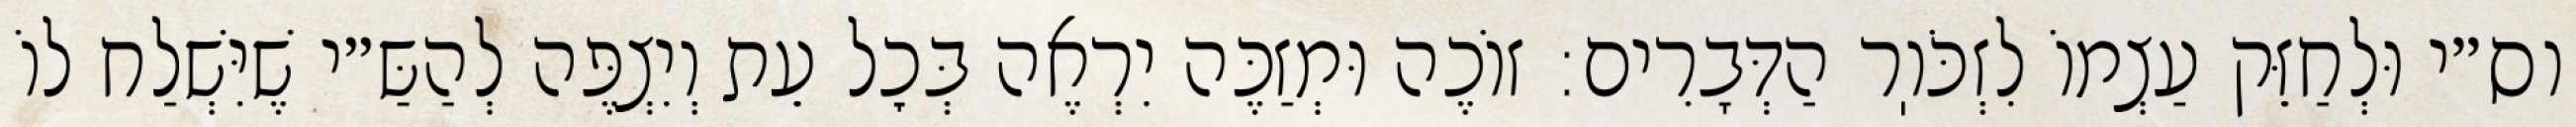
וס״י וּלְחַזֵּק עַצְמוֹ לִזְכֹּוֽר הַדְּבָרִים: זוֹכֶה וּמְזַכֶּה יִרְאֶה בְּכׇל עֵת וְיִצְפֶּה לְהַשַּ״י שֶׁיִּשְׁלַח לוֹ